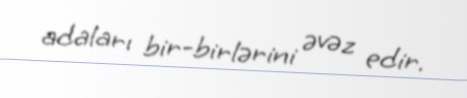
adaları bir-birlərini əvəz edir.